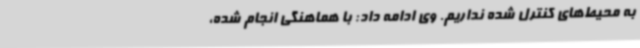
به محیط‌های کنترل شده نداریم. وی ادامه داد: با هماهنگی انجام شده،